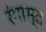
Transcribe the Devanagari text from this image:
रंगास्त